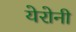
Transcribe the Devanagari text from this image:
येरोनी